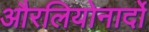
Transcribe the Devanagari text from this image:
औरलियोनार्दो